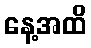
နေ့အထိ